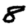
Digit: 8